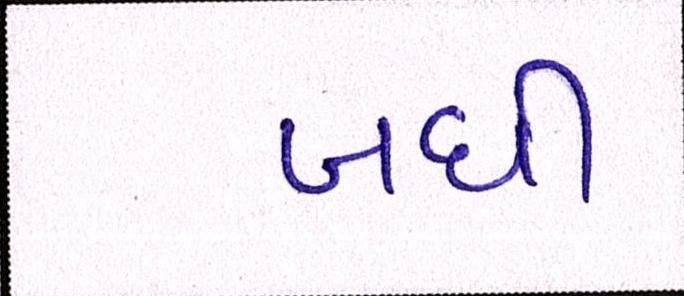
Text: બધી